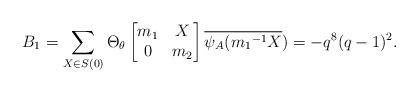
LaTeX: \begin{align*} B_{1}=\sum_{X \in S(0)}\Theta_{\theta} \begin{bmatrix} m_{1} & X\\ 0 & m_{2}\end{bmatrix} \overline{\psi_{A}({m_{1}}^{-1}X})=-q^{8}(q-1)^{2}. \end{align*}